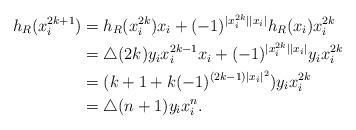
LaTeX: \begin{align*}h_R(x_i^{2k+1})&=h_R(x_i^{2k})x_i+(-1)^{|x_i^{2k}||x_i|}h_R(x_i)x_i^{2k}\\&=\bigtriangleup (2k)y_ix_i^{2k-1}x_i+(-1)^{|x_i^{2k}||x_i|}y_ix_i^{2k}\\&=(k+1+k(-1)^{(2k-1)|x_i|^2})y_ix_i^{2k}\\&=\bigtriangleup (n+1)y_ix_i^{n}.\\\end{align*}